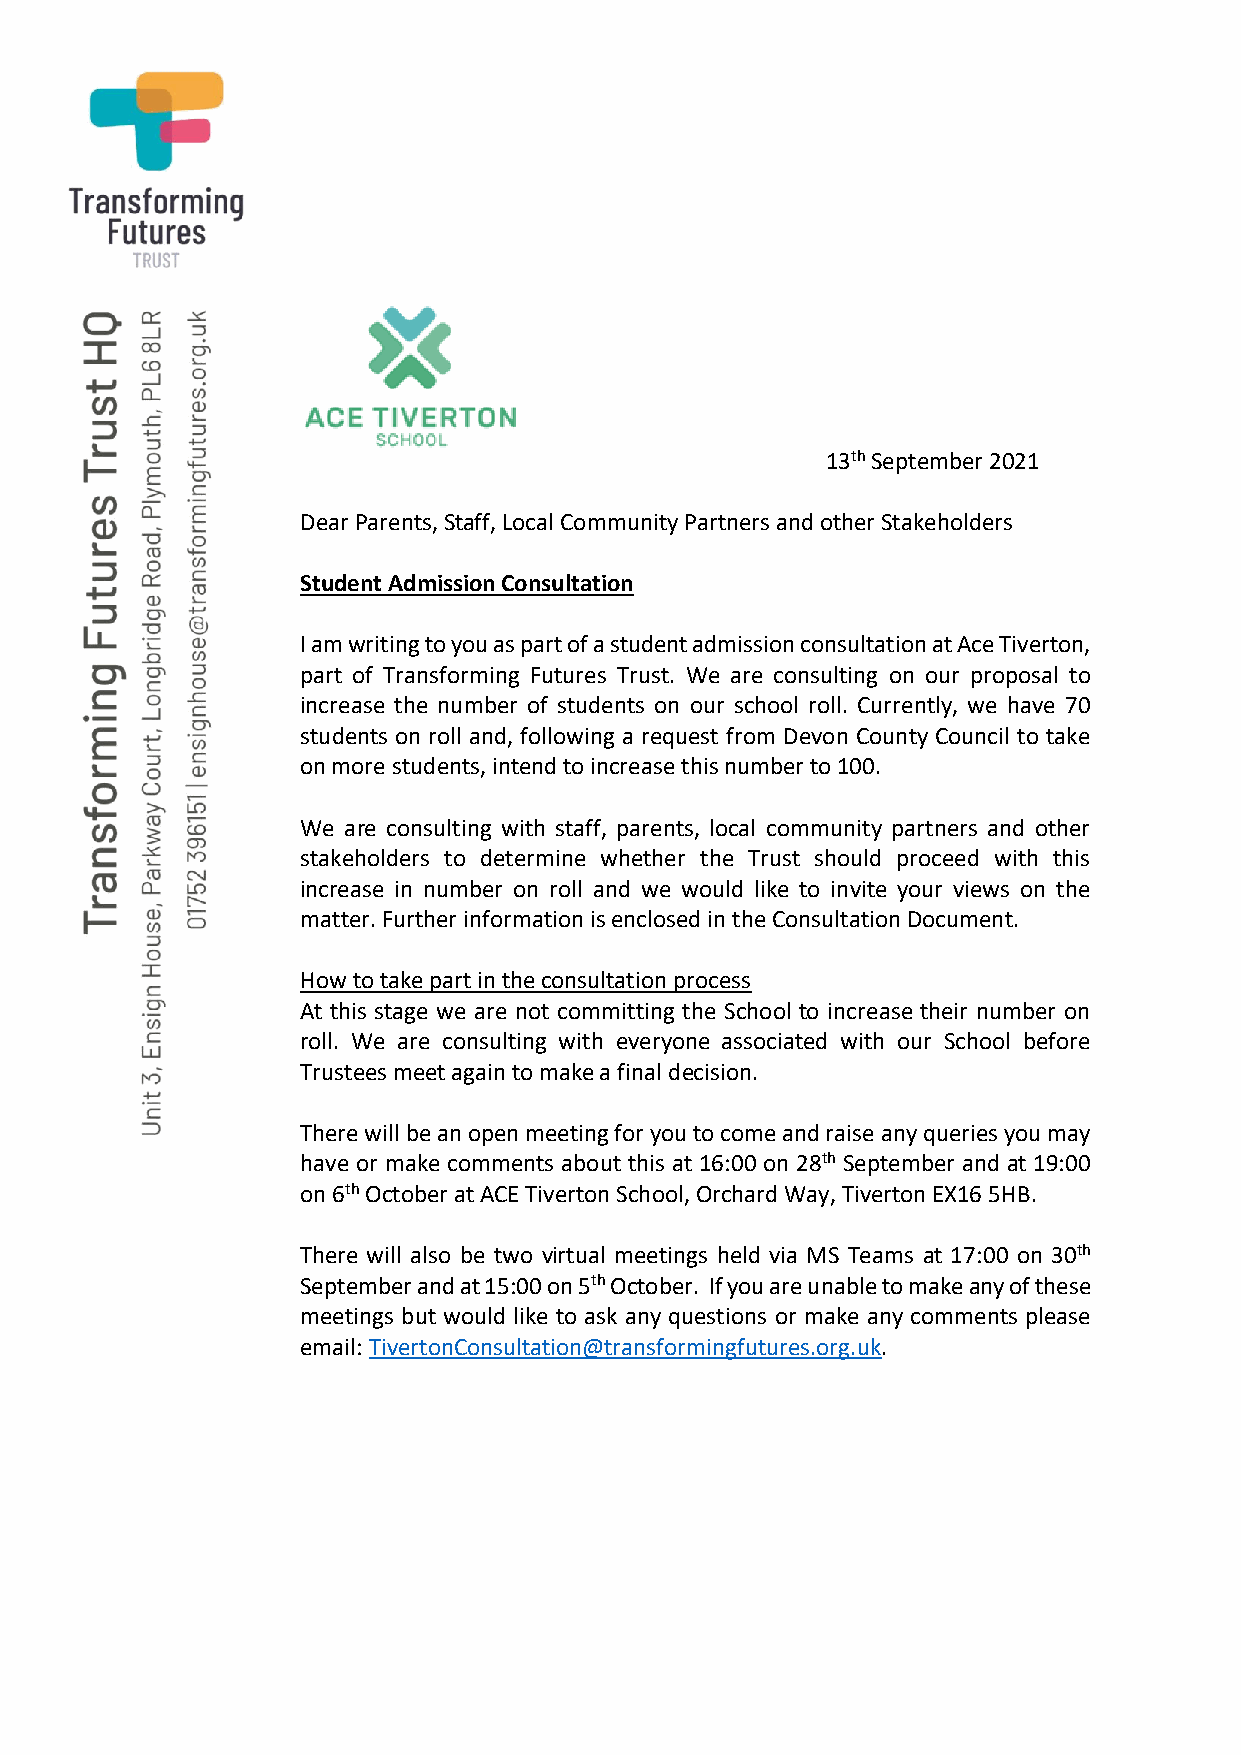
13th September 2021
 Dear Parents, Staff, Local Community Partners and other Stakeholders
 Student Admission Consultation
 I am writing to you as part of a student admission consultation at Ace Tiverton,
 part of Transforming Futures Trust. We are consulting on our proposal to
 increase the number of students on our school roll. Currently, we have 70
 students on roll and, following a request from Devon County Council to take
 on more students, intend to increase this number to 100.
 We are consulting with staff, parents, local community partners and other
 stakeholders to determine whether the Trust should proceed with this
 increase in number on roll and we would like to invite your views on the
 matter. Further information is enclosed in the Consultation Document.
 How to take part in the consultation process
 At this stage we are not committing the School to increase their number on
 roll. We are consulting with everyone associated with our School before
 Trustees meet again to make a final decision.
 There will be an open meeting for you to come and raise any queries you may
 have or make comments about this at 16:00 on 28th September and at 19:00
 on 6th October at ACE Tiverton School, Orchard Way, Tiverton EX16 5HB.
 There will also be two virtual meetings held via MS Teams at 17:00 on 30th
 September and at 15:00 on 5th October. If you are unable to make any of these
 meetings but would like to ask any questions or make any comments please
 email: TivertonConsultation@transformingfutures.org.uk.